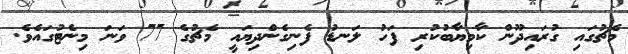
މެޗުގައި ގުރައިދޫން ކާމިޔާބުކުރި ފަހު ލަނޑު ފެނިގެންދިޔައީ މެޗުގެ 77 ވަނަ މިނެޓުގައެވެ.